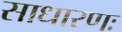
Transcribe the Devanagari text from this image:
साधारणः